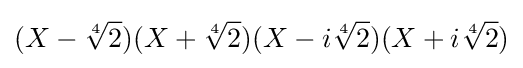
(X-{\sqrt[{4}]{2}})(X+{\sqrt[{4}]{2}})(X-i{\sqrt[{4}]{2}})(X+i{\sqrt[{4}]{2}})